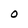
Character: O